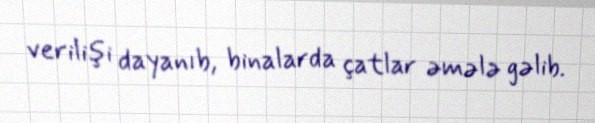
verilişi dayanıb, binalarda çatlar əmələ gəlib.